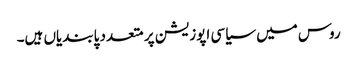
روس میں سیاسی اپوزیشن پر متعدد پابندیاں ہیں۔